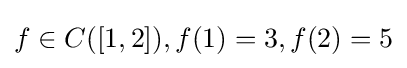
f\in C([1,2]),f(1)=3,f(2)=5